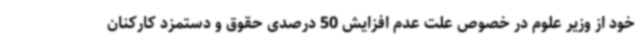
خود از وزیر علوم در خصوص علت عدم افزایش 50 درصدی حقوق و دستمزد کارکنان